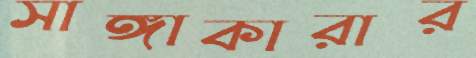
সাঙ্গাকারার